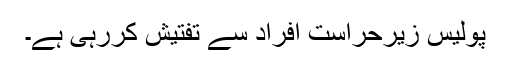
پولیس زیرحراست افراد سے تفتیش کررہی ہے۔